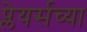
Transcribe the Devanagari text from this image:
प्लेयर्सच्या